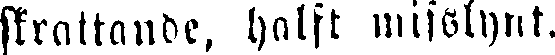
skrattande, halft misslynt.